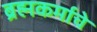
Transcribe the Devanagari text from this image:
ब्रह्मकर्माचे